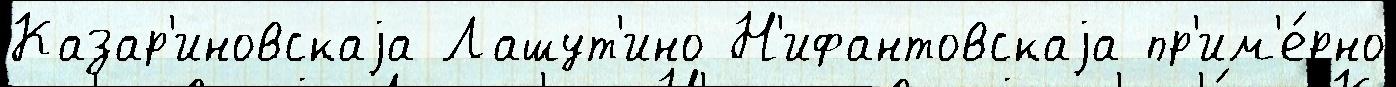
Казар'иновскаjа Лашут'ино Н'ифантовскаjа пр'им'е́рно